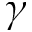
\gamma